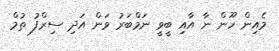
މެއިން ހޫން ނާ އާއި ބީވީ ނަމްބަރު ވަން އަދި ސިރްފު ތުމް